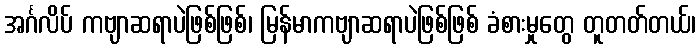
အင်္ဂလိပ် ကဗျာဆရာပဲဖြစ်ဖြစ်၊ မြန်မာကဗျာဆရာပဲဖြစ်ဖြစ် ခံစားမှုတွေ တူတတ်တယ်၊